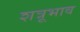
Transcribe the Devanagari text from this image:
शत्रूभाव